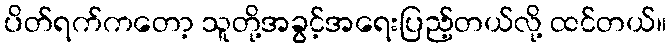
ပိတ်ရက်ကတော့ သူတို့အခွင့်အရေးပြည့်တယ်လို့ ထင်တယ်။